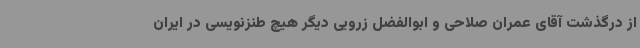
از درگذشت آقای عمران صلاحی و ابوالفضل زرویی دیگر هیچ طنزنویسی در ایران